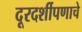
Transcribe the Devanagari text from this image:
दूरदर्शीपणाचे